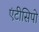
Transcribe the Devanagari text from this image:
एंटीसिपो